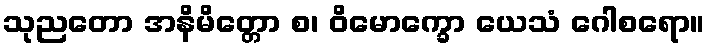
သုညတော အနိမိတ္တော စ၊ ဝိမောက္ခော ယေသံ ဂေါစရော။